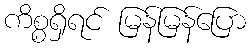
ကိစ္စရှိရင် မြန်မြန်ပြော